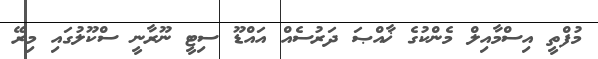
މުފްތީ އިސްމާއިލް މެންކުގެ ޚާއްޞަ ދަރުސެއް އައްޑޫ ސިޓީ ނޫރާނީ ސްކޫލުގައި މިރޭ